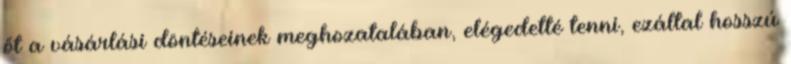
őt a vásárlási döntéseinek meghozatalában, elégedetté tenni, ezáltal hosszú